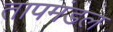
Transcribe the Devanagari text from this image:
तापमंडल